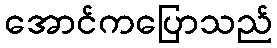
အောင်ကပြောသည်